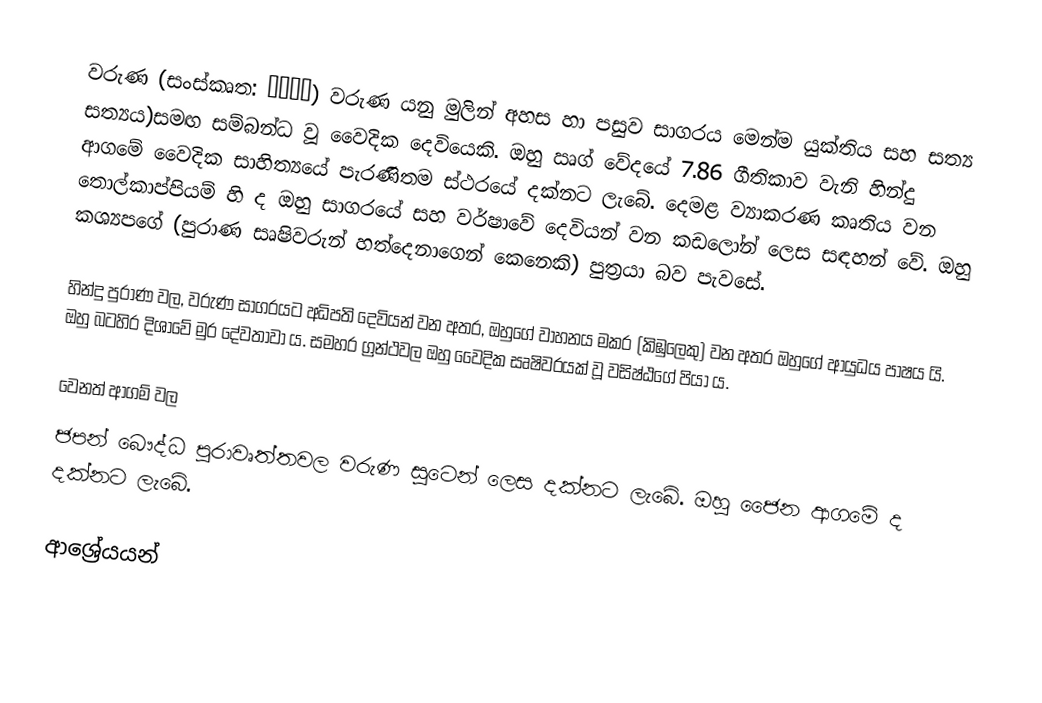
වරුණ (සංස්කෘත: वरुण) වරුණ යනු මුලින් අහස හා පසුව සාගරය මෙන්ම යුක්තිය සහ සත්‍ය සත්‍යය)සමඟ සම්බන්ධ වූ වෛදික දෙවියෙකි. ඔහු ඍග් වේදයේ 7.86 ගීතිකාව වැනි හින්දු ආගමේ වෛදික සාහිත්‍යයේ පැරණිතම ස්ථරයේ දක්නට ලැබේ. දෙමළ ව්‍යාකරණ කෘතිය වන තොල්කාප්පියම් හි ද ඔහු සාගරයේ සහ වර්ෂාවේ දෙවියන් වන කඩලෝන් ලෙස සඳහන් වේ. ඔහු කශ්‍යපගේ (පුරාණ සෘෂිවරුන් හත්දෙනාගෙන් කෙනෙකි) පුත්‍රයා බව පැවසේ.

හින්දු පුරාණ වල, වරුණ සාගරයට අධිපති දෙවියන් වන අතර, ඔහුගේ වාහනය මකර (කිඹුලෙකු) වන අතර ඔහුගේ ආයුධය පාෂය යි. ඔහු බටහිර දිශාවේ මුර දේවතාවා ය. සමහර ග්‍රන්ථවල ඔහු වෛදික සෘෂිවරයක් වූ වසිෂ්ඨගේ පියා ය.

වෙනත් ආගම් වල
ජපන් බෞද්ධ පුරාවෘත්තවල වරුණ සූටෙන් ලෙස දක්නට ලැබේ. ඔහු ජෛන ආගමේ ද දක්නට ලැබේ.

ආශ්‍රේයයන්